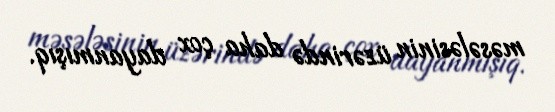
məsələsinin üzərində daha çox dayanmışıq.